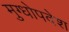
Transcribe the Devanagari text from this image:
मुग्धोपदेश